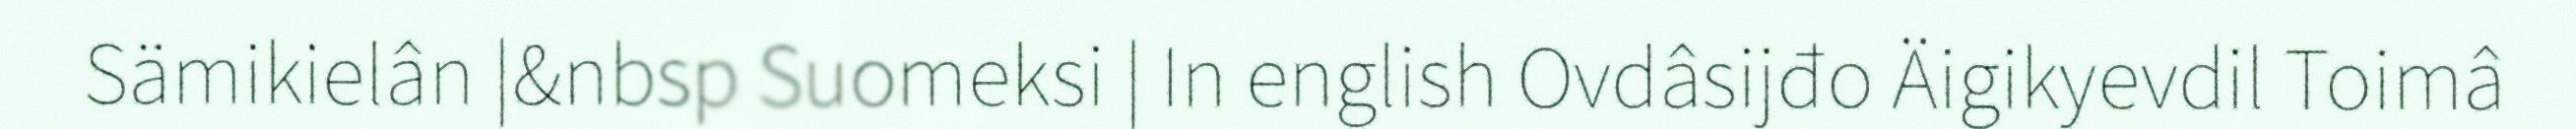
Sämikielân |&nbsp Suomeksi | In english Ovdâsijđo Äigikyevdil Toimâ